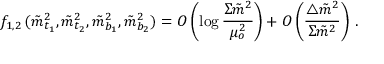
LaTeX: f _ { 1 , 2 } \, ( \tilde { m } _ { t _ { 1 } } ^ { 2 } , \tilde { m } _ { t _ { 2 } } ^ { 2 } , \tilde { m } _ { b _ { 1 } } ^ { 2 } , \tilde { m } _ { b _ { 2 } } ^ { 2 } ) = O \left( \log \frac { \Sigma \tilde { m } ^ { 2 } } { \mu _ { o } ^ { 2 } } \right) + O \left( \frac { \bigtriangleup \tilde { m } ^ { 2 } } { \Sigma \tilde { m } ^ { 2 } } \right) \, .